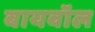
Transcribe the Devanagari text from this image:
बायवॉल